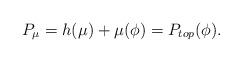
LaTeX: \begin{align*}P_\mu = h(\mu)+\mu(\phi) = P_{top}(\phi).\end{align*}